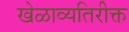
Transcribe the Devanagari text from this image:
खेळाव्यतिरीक्त